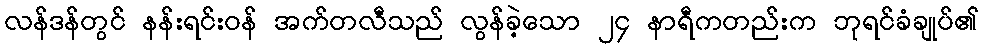
လန်ဒန်တွင် နန်းရင်းဝန် အက်တလီသည် လွန်ခဲ့သော ၂၄ နာရီကတည်းက ဘုရင်ခံချုပ်၏